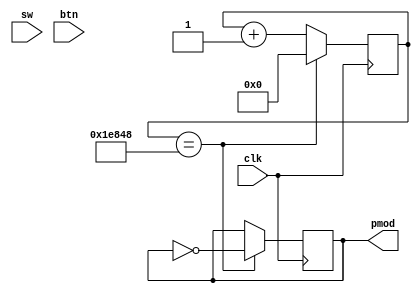
module sigen_top(
	input		clk,
	input [7:0] sw,
	input [3:0] btn,
	output 		pmod

	
);

reg [29:0] counter = 0; // 5 seconds = 125,000,000 clock cycles
reg square_out =0;
assign pmod = square_out;

/*
case(btn)
		4'b0000: square_wave; //call square wave function
		4'b0001: sawtooth_wave;
		4'b0010: triangle_wave;
		4'b1000: // no op/reset/sine
endcase
*/

always@(posedge clk)
begin //always block

	counter <= counter +1;

	if ( counter == 'd125_000 )
		begin
		square_out <= ~square_out;
		counter <= 0;
		end
end //always block

endmodule